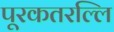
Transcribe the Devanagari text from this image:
पूरकतरल्लि